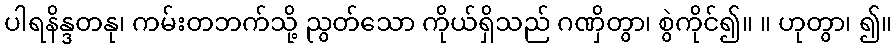
ပါရနိန္ဒတနု၊ ကမ်းတဘက်သို့ ညွတ်သော ကိုယ်ရှိသည် ဂဏှိတွာ၊ စွဲကိုင်၍။ ။ ဟုတွာ၊ ၍။